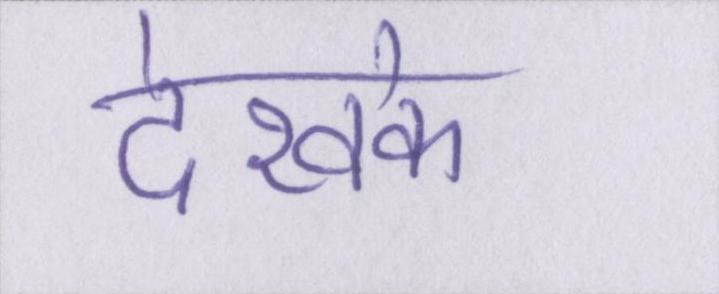
देखके